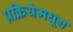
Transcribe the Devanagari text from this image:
प्रक्रियेमधून